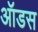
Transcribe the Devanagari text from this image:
ऑडस